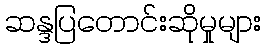
ဆန္ဒပြတောင်းဆိုမှုများ